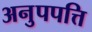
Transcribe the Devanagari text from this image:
अनुपपत्ति